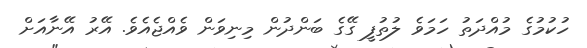
ހުކުމުގެ މުއްދަތު ހަމަވެ ލުތުފީ ގޭގެ ބަންދުން މިނިވަން ވެއްޖެއެވެ. އޭރު އޭނާއަށް